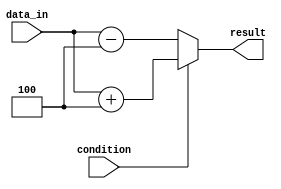
module if_else_statement(
    input wire condition,
    input wire [3:0] data_in,
    output wire [3:0] result
);

always @(*) begin
    if(condition) begin
        // statements to execute if condition is true
        result = data_in + 4;
    end
    else begin
        // statements to execute if condition is false
        result = data_in - 4;
    end
end

endmodule